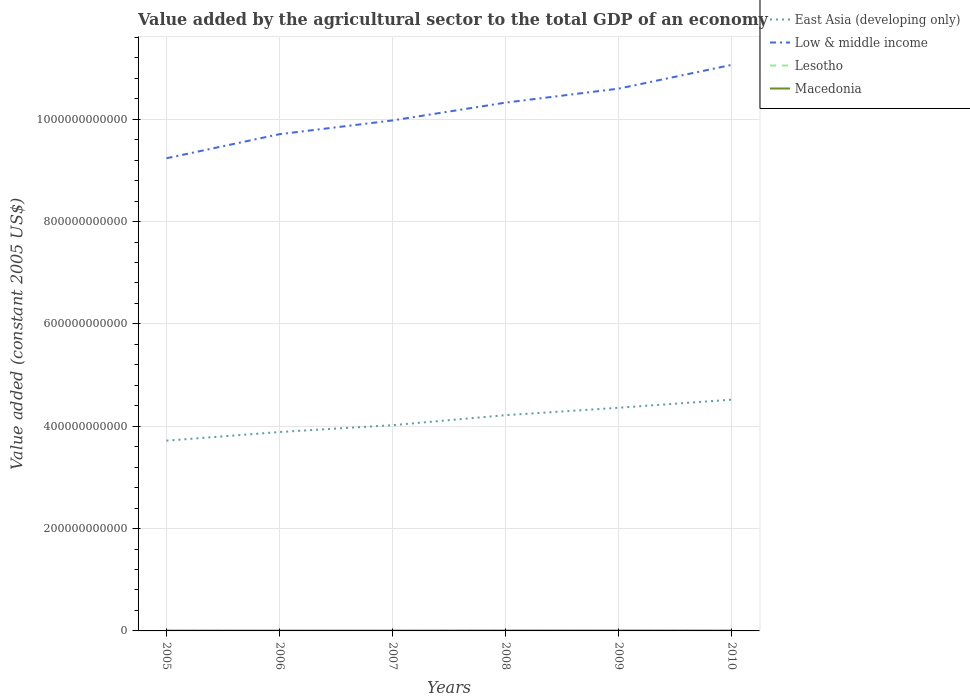
| Years | East Asia (developing only) | Low & middle income | Lesotho | Macedonia |
 | --- | --- | --- | --- | --- |
 | 2005 | 3.72e+11 | 9.24e+11 | 1.13e+08 | 6.09e+08 |
 | 2006 | 3.89e+11 | 9.71e+11 | 1.02e+08 | 6.06e+08 |
 | 2007 | 4.02e+11 | 9.98e+11 | 1.01e+08 | 6.19e+08 |
 | 2008 | 4.22e+11 | 1.03e+12 | 1.17e+08 | 7.55e+08 |
 | 2009 | 4.36e+11 | 1.06e+12 | 1.11e+08 | 7.81e+08 |
 | 2010 | 4.52e+11 | 1.11e+12 | 1.22e+08 | 6.76e+08 |